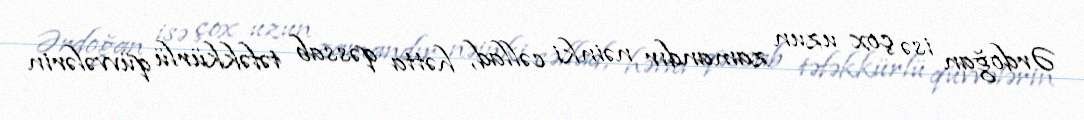
Ərdoğan isə çox uzun zamandır nəinki cəllad, hətta qəssab təfəkkürlü qüvvələrin